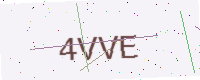
Text: 4VVE